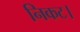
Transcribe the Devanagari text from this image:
निकट।